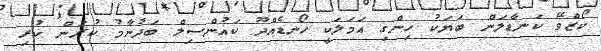
ކޯޒްވޭ ކަނޑާލަން ބަޔަކު ހިންގި އަމަލަކީ ހޯނޑެއްދޫ ކައުންސިލް ބަދުނާމު ކުރަން ކުރި